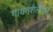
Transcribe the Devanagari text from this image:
गायनशैलीतले